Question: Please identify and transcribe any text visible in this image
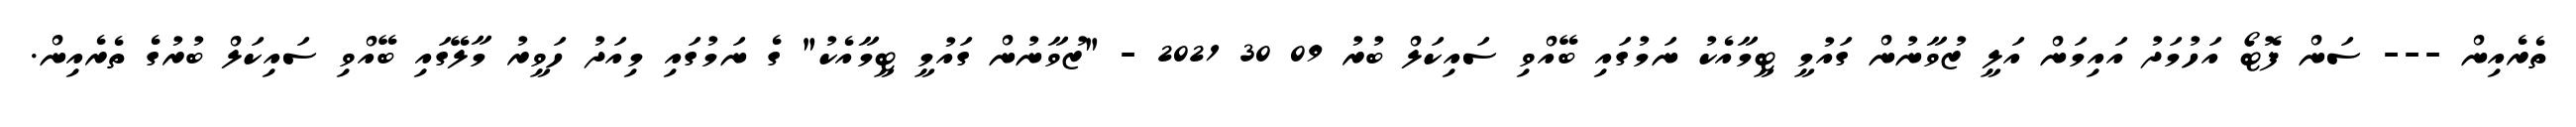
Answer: ތެރެއިން --- ސަން ފޮޓޯ އަހުމަދު އައިމަން އަލީ ޒުވާނުން ގައުމީ ޓީމާއެކު ނަމުގައި ބޭއްވި ސައިކަލް ބުރު 09 30 2021 - "ޒުވާނުން ގައުމީ ޓީމާއެކު" ގެ ނަމުގައި މިއަދު ހަވީރު މާލޭގައި ބޭއްވި ސައިކަލް ބުރުގެ ތެރެއިން.